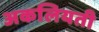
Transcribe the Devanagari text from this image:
अकलियती